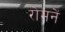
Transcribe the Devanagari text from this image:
रोमनें